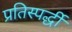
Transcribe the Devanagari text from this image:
प्रतिस्पर्द्धी